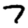
Digit: 7